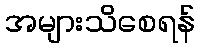
အများသိစေရန်